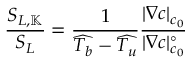
\frac { S _ { L , \mathbb { K } } } { S _ { L } } = \frac { 1 } { \widehat { T _ { b } } - \widehat { T _ { u } } } \frac { | \nabla c | _ { c _ { 0 } } } { | \nabla c | _ { c _ { 0 } } ^ { \circ } }